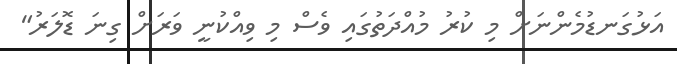
އަޅުގަނޑުމެންނަށް މި ކުރު މުއްދަތުގައި ވެސް މި ވިއްކުނީ ވަރަށް ގިނަ ޑޮލަރު"